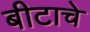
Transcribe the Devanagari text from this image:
बीटाचे